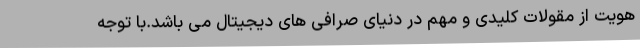
هویت از مقولات کلیدی و مهم در دنیای صرافی های دیجیتال می باشد.با توجه